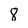
Character: 8